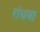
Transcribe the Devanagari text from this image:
रांधवा